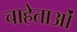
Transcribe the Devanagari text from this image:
चाहेताओं